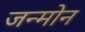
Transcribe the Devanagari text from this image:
जन्मोन